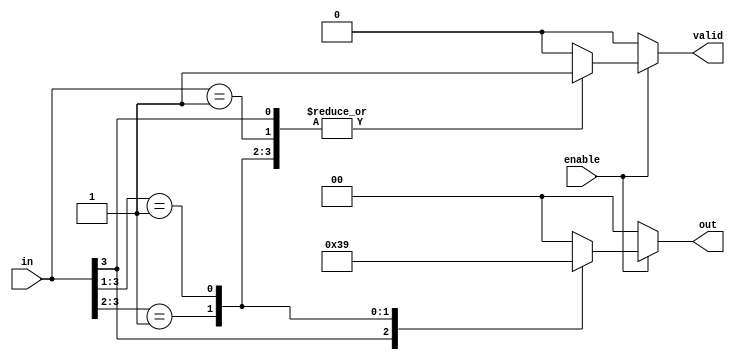
module priority_encoder (
    input wire [3:0] in,  // 4 input lines
    input wire enable,     // Enable signal
    output reg [1:0] out,  // 2 output lines (for 4 inputs)
    output reg valid       // Indicates if output is valid
);

    always @(*) begin
        if (!enable) begin
            out = 2'b00;  // When not enabled, set output to zero
            valid = 1'b0; // Output is not valid
        end else begin
            valid = 1'b1; // Output is valid
            casez (in)
                4'b1???: out = 2'b11;  // Input 3 is active
                4'b01??: out = 2'b10;  // Input 2 is active
                4'b001?: out = 2'b01;  // Input 1 is active
                4'b0001: out = 2'b00;  // Input 0 is active
                default: begin
                    out = 2'b00; // Default output if no input is active
                    valid = 1'b0; // Not valid if all inputs are zero
                end
            endcase
        end
    end

endmodule